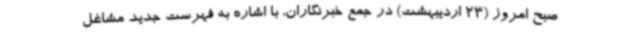
صبح امروز (23 اردیبهشت) در جمع خبرنگاران، با اشاره به فهرست جدید مشاغل